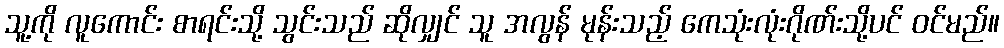
သူ့ကို လူကောင်း စာရင်းသို့ သွင်းသည် ဆိုလျှင် သူ အလွန် မုန်းသည့် ကေသုံးလုံးဂိုဏ်းသို့ပင် ဝင်မည်။